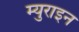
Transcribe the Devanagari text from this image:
म्युराइन